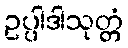
ဥပ္ပါဒါသုတ္တံ